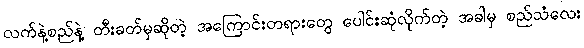
လက်နဲ့စည်နဲ့ တီးခတ်မှဆိုတဲ့ အကြောင်းတရားတွေ ပေါင်းဆုံလိုက်တဲ့ အခါမှ စည်သံလေး